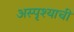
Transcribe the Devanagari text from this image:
अस्पृश्याची